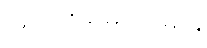
အာဟာရဓာတ်များ